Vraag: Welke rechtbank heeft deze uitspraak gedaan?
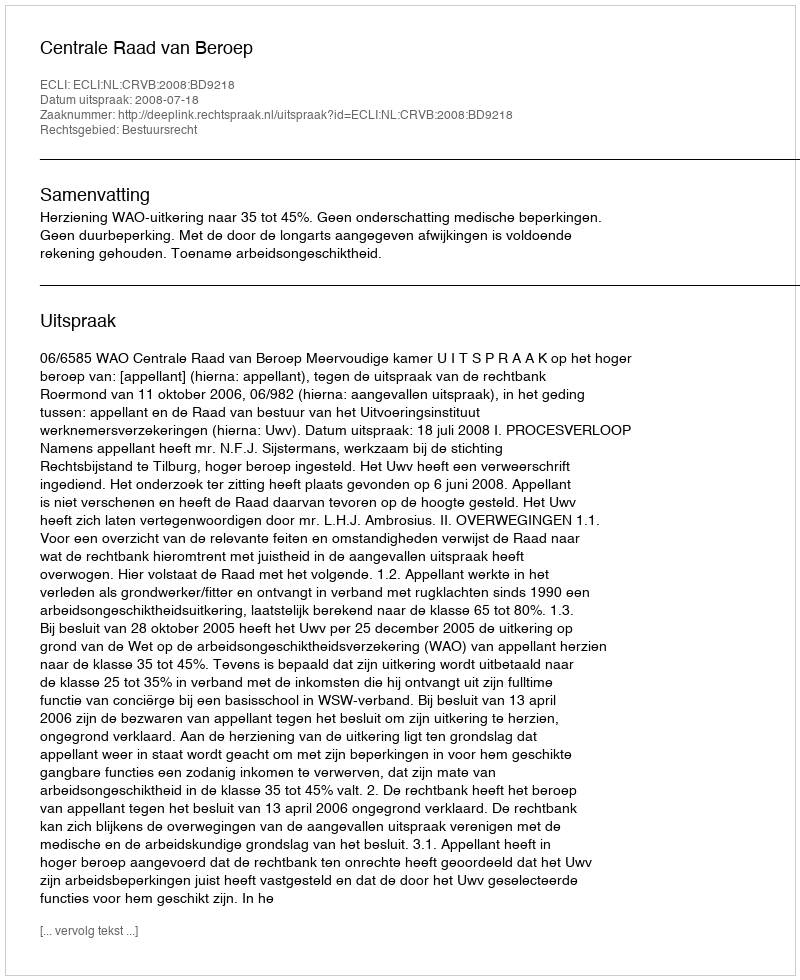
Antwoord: Centrale Raad van Beroep